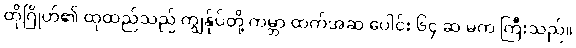
ထိုဂြိုဟ်၏ ထုထည်သည် ကျွန်ုပ်တို့ ကမ္ဘာ ထက်အဆ ပေါင်း ၆၄ ဆ မက ကြီးသည်။